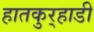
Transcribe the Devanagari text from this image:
हातकुर्‍हाडी